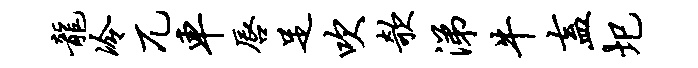
龙冷兀车唇足吹欹涕牛盍圯